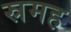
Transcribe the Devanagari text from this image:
स्रमह